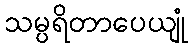
သမ္ပရိတာပေယျုံ